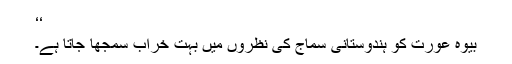
‘‘
بیوہ عورت کو ہندوستانی سماج کی نظروں میں بہت خراب سمجھا جاتا ہے۔